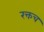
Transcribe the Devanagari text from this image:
रक्तच